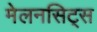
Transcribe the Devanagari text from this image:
मेलनसिट्स